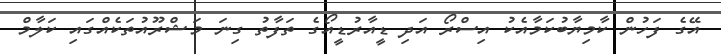
އޭގެ ފަހުން ކާމިޔާބުކަމާއެކު އިސްރޯ އަދި ޑީއާރުޑީއޯގެ ތަފާތު ގިނަ މަޝްރޫއުތަކެއްގައި ކަލާމް